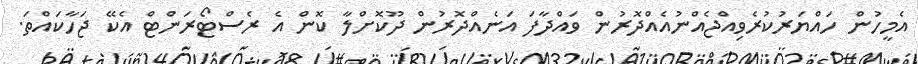
އެމީހުން ހައްޔަރުކުރެވިއްޖެއްނުއެއްދޮރުން ވައްދާފަ އަނެއްދޮރުން ދޫކޮށްލާ ކޮން އެ ރެސްޓޯރަންޓް އެކޭ ޖަހާކައްތަ.